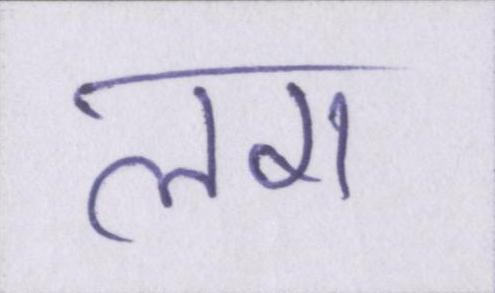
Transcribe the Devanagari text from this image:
लग